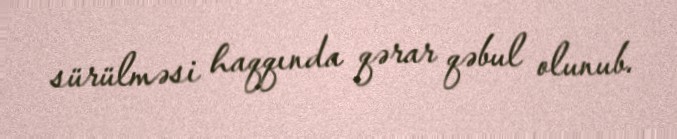
sürülməsi haqqında qərar qəbul olunub.